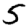
Digit: 5